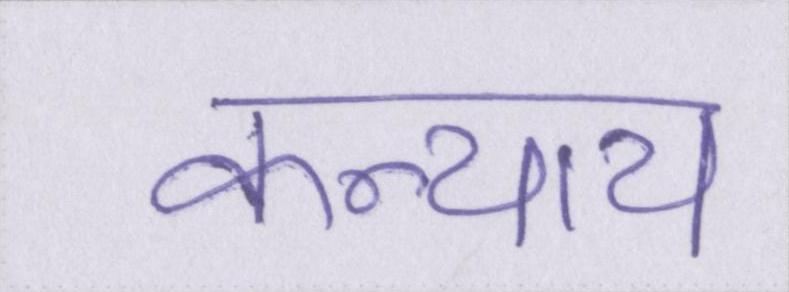
कन्याय